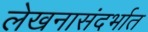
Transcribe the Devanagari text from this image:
लेखनासंदर्भात